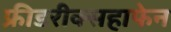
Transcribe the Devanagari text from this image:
फ्रीडरीक्सहाफेन